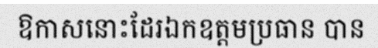
ឱកាសនោះដែរឯកឧត្តមប្រធាន បាន